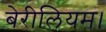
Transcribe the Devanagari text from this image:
बेरीलियम।